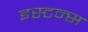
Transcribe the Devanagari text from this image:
इस्टन्स